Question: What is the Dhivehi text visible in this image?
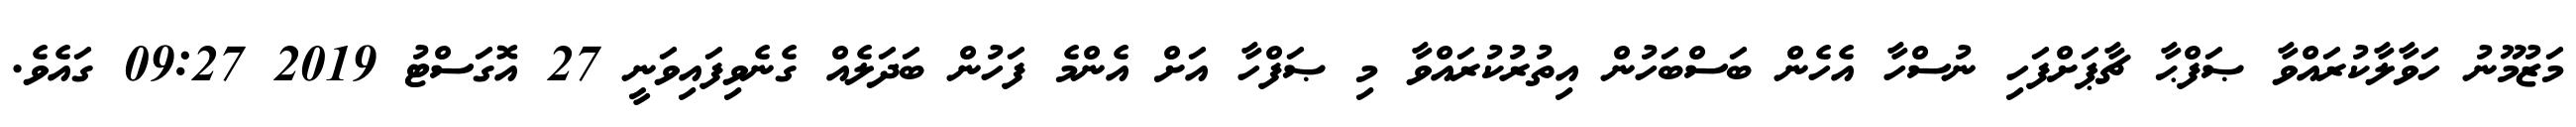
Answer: މަޒުމޫނު ހަވާލާކުރައްވާ ޞަފްޙާ ޗާޕަށްފަހި ނުސްހާ އެހެން ބަސްބަހުން އިތުރުކުރައްވާ މި ޞަފްހާ އަށް އެންމެ ފަހުން ބަދަލެއް ގެނެވިފައިވަނީ 27 އޮގަސްޓު 2019 09:27 ގައެވެ.